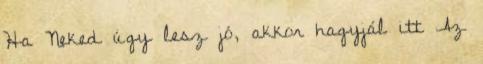
Ha Neked úgy lesz jó, akkor hagyjál itt Az